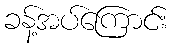
ခန့်အပ်ကြောင်း